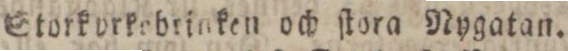
Storkorkebrinken och ſtora Nygatan.